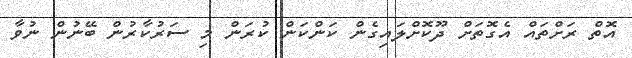
އޮތް ރަށްތައް އެގޮތަށް ދޫކޮށްލައިގެން ކަންކަން ކުރަން މި ސަރުކާރުން ބޭނުން ނުވާ